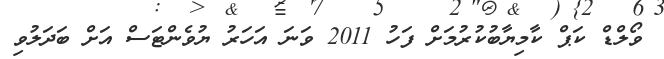
ވޯލްޑް ކަޕް ކާމިޔާބުކުރުމަށް ފަހު 2011 ވަނަ އަހަރު ޔުވެންޓަސް އަށް ބަދަލުވި